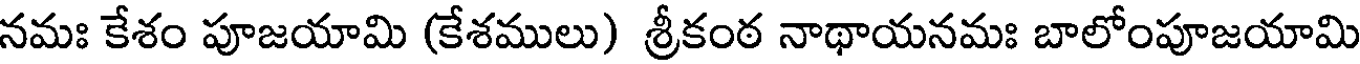
నమః కేశం పూజయామి (కేశములు) శ్రీకంఠ నాథాయనమః బాలోంపూజయామి